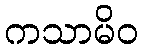
ကသာမိဝ